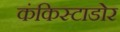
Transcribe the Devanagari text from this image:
कंकिस्टाडोर